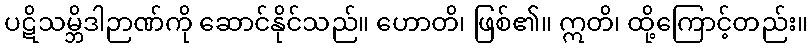
ပဋိသမ္ဘိဒါဉာဏ်ကို ဆောင်နိုင်သည်။ ဟောတိ၊ ဖြစ်၏။ ဣတိ၊ ထို့ကြောင့်တည်း။